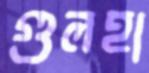
গুলহা